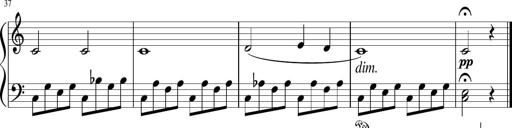
Title: 3 Sonatinen
Composer: Heinrich Lichner